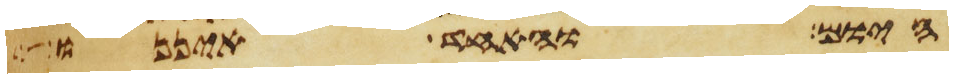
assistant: היום והאחד איננו